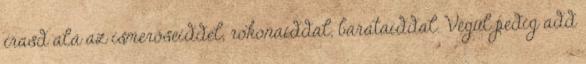
írasd alá az ismerőseiddel, rokonaiddal, barátaiddal. Végül pedig add